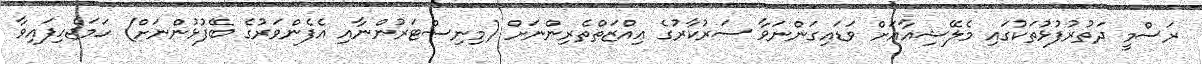
ރަސްމީ ދަތުރުފުޅުތަކުގައި މެލޭޝިއާއަށް ވަޑައިގަންނަވާ ސަރުކާރުގެ ޢިއްޒަތްތެރިންނަށް (މިނިސްޓަރުންނާއި އެފެންވަރުގެ ބޭފުޅުންނަށް) ހަމަޖެހިފައިވާ